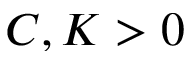
C , K > 0